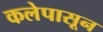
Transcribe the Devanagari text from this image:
कलेपासून